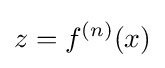
z=f^{(n)}(x)